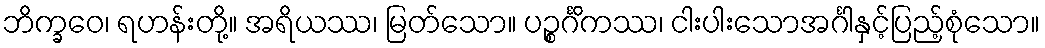
ဘိက္ခဝေ၊ ရဟန်းတို့။ အရိယဿ၊ မြတ်သော။ ပဉ္စင်္ဂိကဿ၊ ငါးပါးသောအင်္ဂါနှင့်ပြည့်စုံသော။